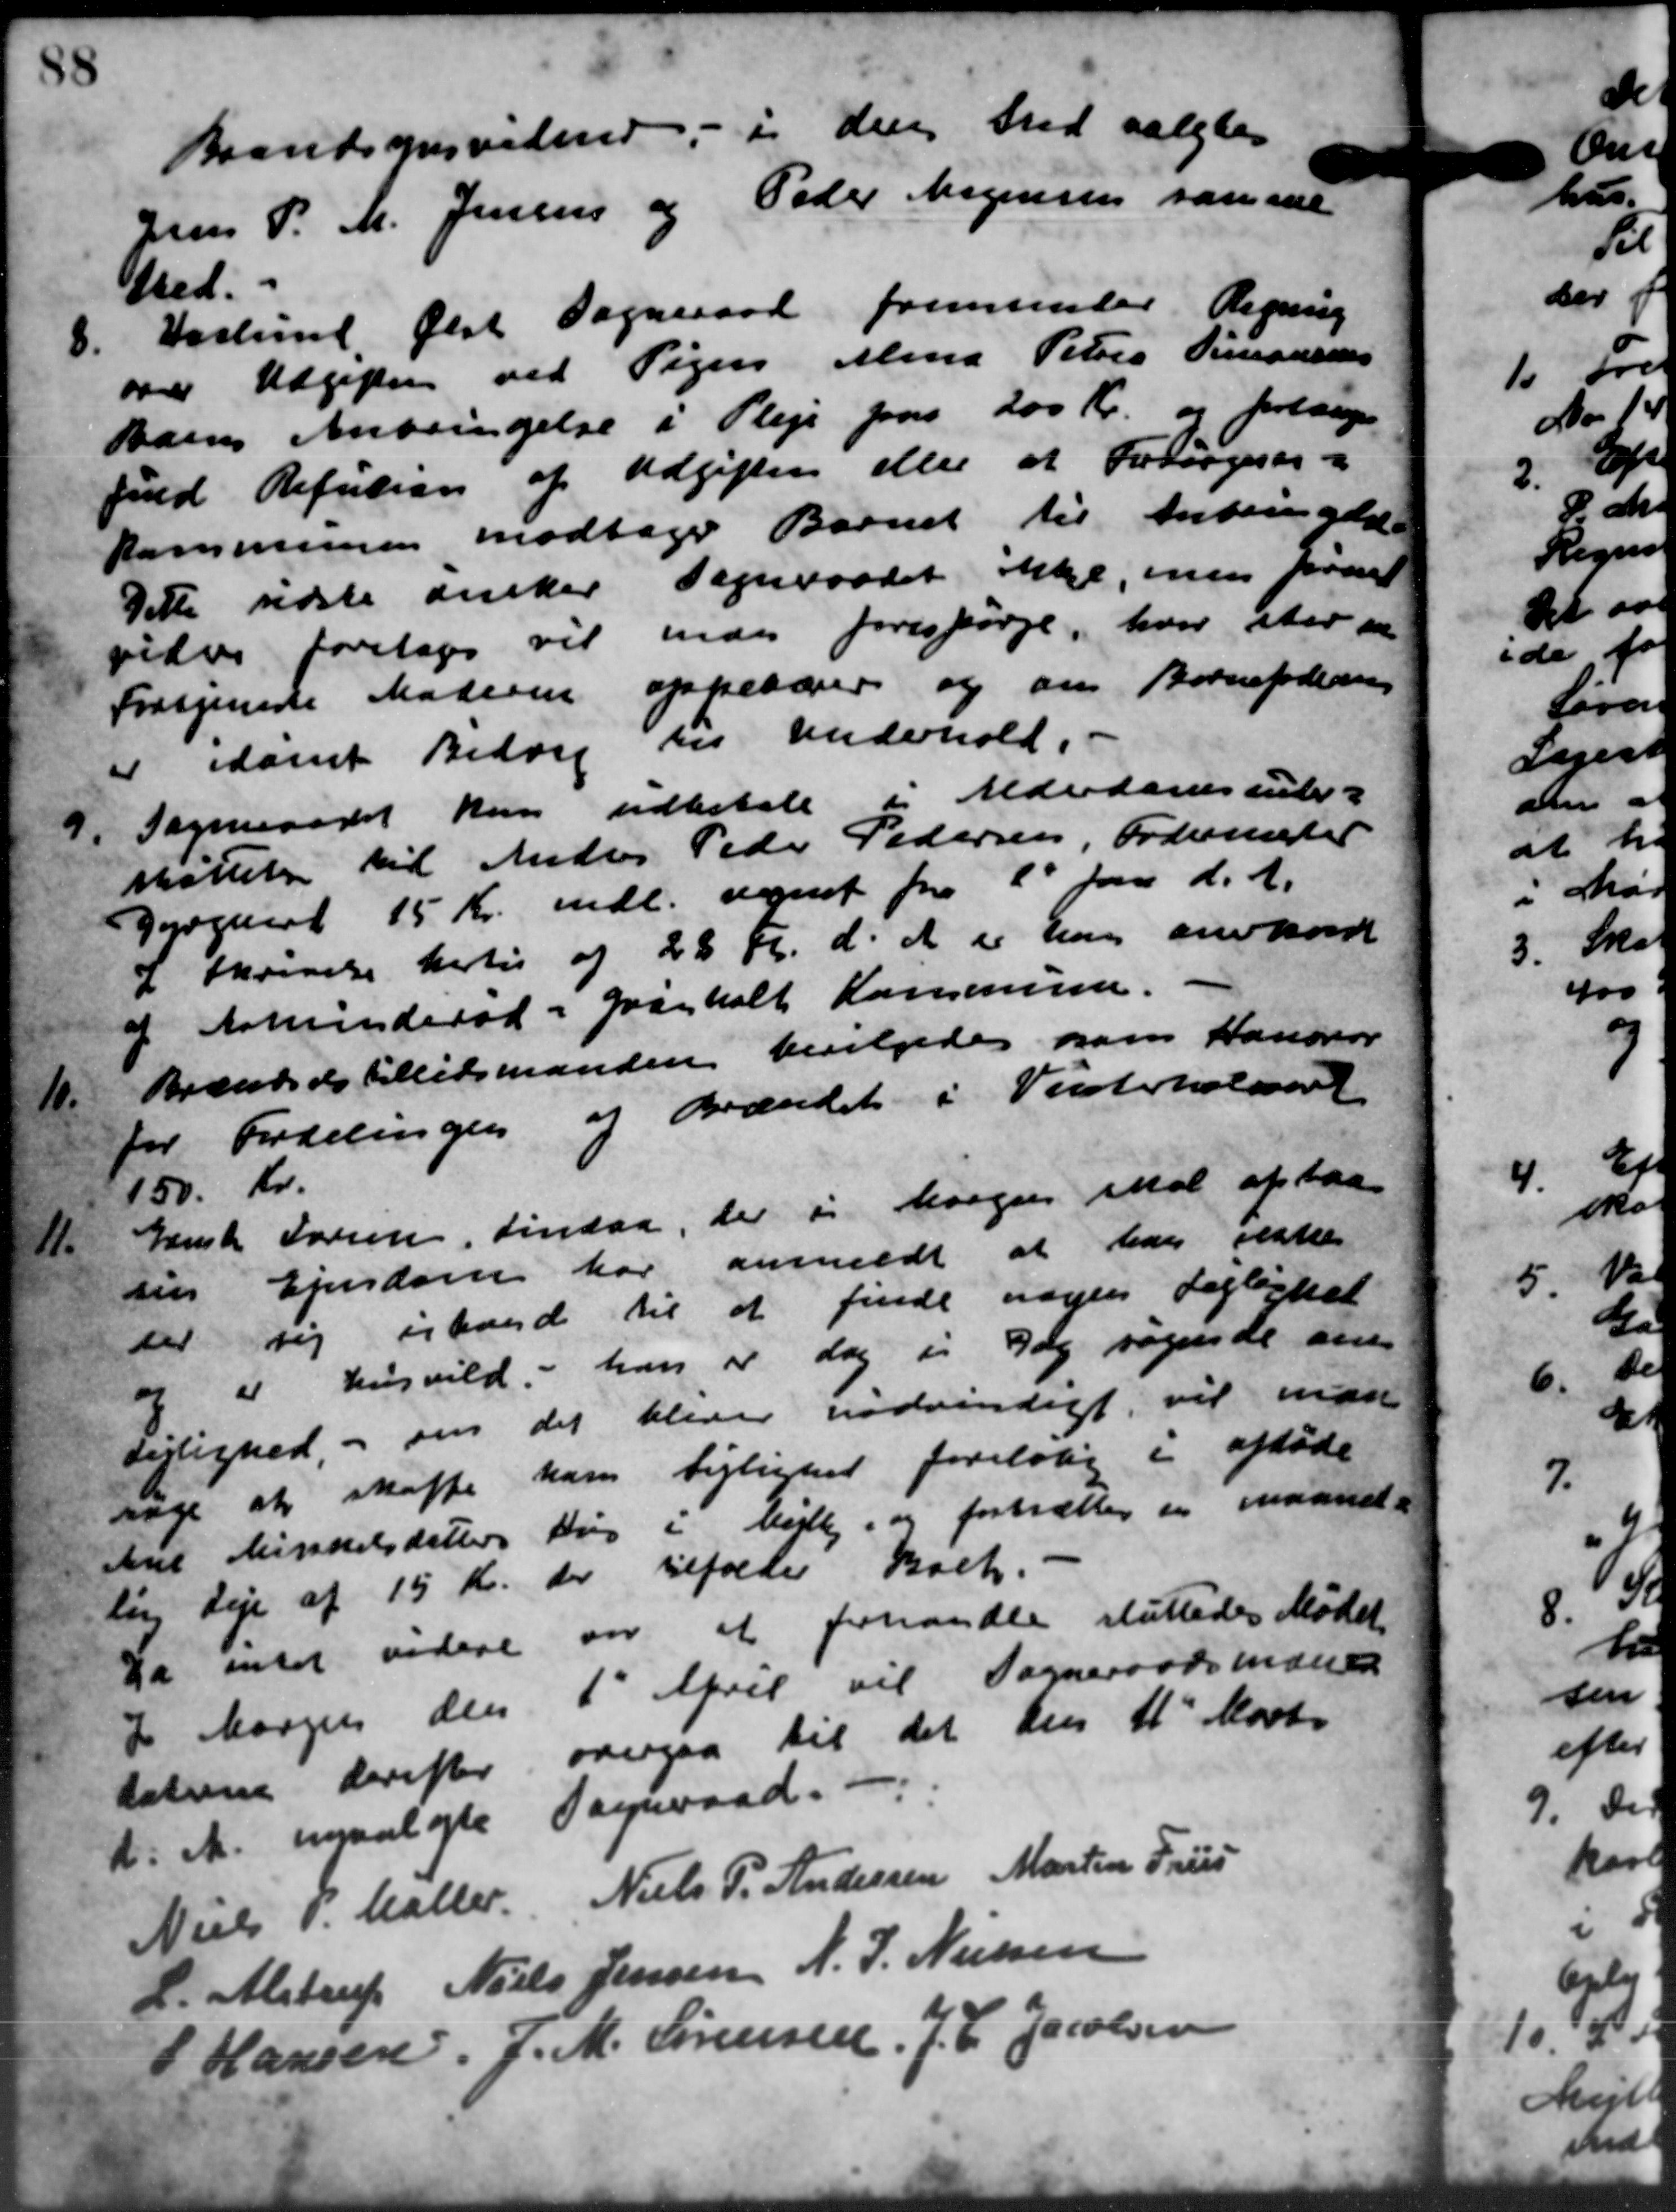
Transskription:
Brandsynsvidner, i den hed valgtes
Jens P. M. Jensen og Peder Mogensen samme
sted.
8.
Vaslund Ølst Sogneraad fremsender Regning
over Udgiften ved Sigen Mena Peters Tiraders
Barns Anbringelse i Pleje paa 200 Kr. og forlange
fuld Refusion af Udgiften eller at Forsøgers
Kommunen modtager Barnet til Anbringelse
Dette sidste ønsker Sogneraadet ikke, men forest
vider foretages vil den forespørge, hvor ster en
Frasgenede Materen oppebærer og om Børneforening
er idømt Bidrag til Underhold.
9.
Sogneraadet kan udbetale i Alderdomsunder-
støttelse til Antes Peder Pedersen, Fodenter
Dyrgust 15 Kr. mdl. regnet fra 1' Jan. d. A.
I Skrivelse hertil af 28 Kr. d. A. er han anerkendt
og Arminderød - Svanholt Kommune.
10.
Braabydes tillidsmanden bevilgedes ham Hander
for Fordelingen af Brændet i Vinterholdsret
150 Kr.
11.
Ganske Larsen, Lindaa, der i besager skal opbaa
sin Ejendom har anmeldt at han ikke
der sig inhard til at finde nogens Lejlighed
3. e husvild, han er dog i Dog søgende om
Lejlighed og om det bliver nødvendigt, vil man
søge at skaffe ham Lejlighed foreløbig i afdøde
Ane Kirkelsdatters Hus i Melle, og fortsættes er maaned-
lin Leje af 15 Kr. der tilfælder Boet.
Da intet videre vor at forhandle sluttedes Mødet
7 Margen den 1' April vil Sogneraadsmand
taterne derefter overgaa til det den 11 Marts
d. M. invalgte Sogneraad.
Niels P. Møller Niels P. Andersen Martin Frues
L. Alstrup Niels Jensen N. J. Nielsen
P Hansen. J. M. Sørensen, J. C. Jacobsen